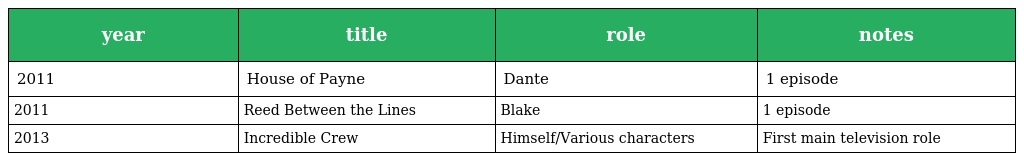
| year | title | role | notes |
 | --- | --- | --- | --- |
 | 2011 | House of Payne | Dante | 1 episode |
 | 2011 | Reed Between the Lines | Blake | 1 episode |
 | 2013 | Incredible Crew | Himself/Various characters | First main television role |